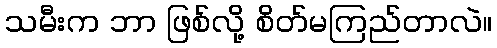
သမီးက ဘာ ဖြစ်လို့ စိတ်မကြည်တာလဲ။